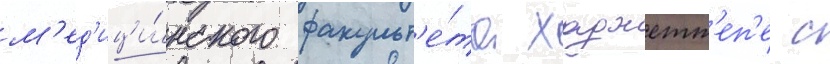
м'ед'ици́нского факульт'е́та хаджетт'еп'е с